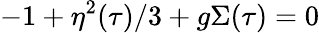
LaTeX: -1+\eta^{2}(\tau)/3+g\Sigma(\tau)=0